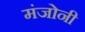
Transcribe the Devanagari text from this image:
मंजोनी